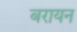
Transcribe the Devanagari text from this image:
बरायन